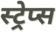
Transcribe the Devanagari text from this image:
स्ट्रेप्स